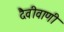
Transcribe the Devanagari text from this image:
दैवीवाणी